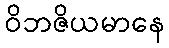
ဝိဘဇိယမာနေ